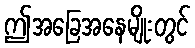
ဤအခြေအနေမျိုးတွင်